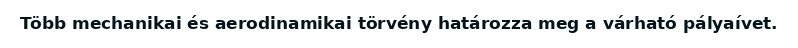
Több mechanikai és aerodinamikai törvény határozza meg a várható pályaívet.